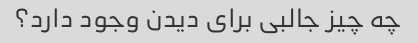
چه چیز جالبی برای دیدن وجود دارد؟